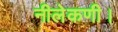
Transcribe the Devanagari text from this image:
नीलेकणी।